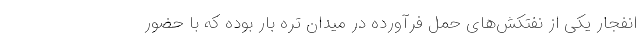
انفجار یکی از نفتکش‌های حمل فرآورده در میدان تره بار بوده که با حضور